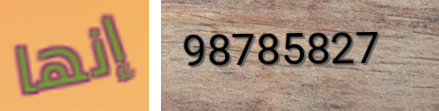
إنها 98785827